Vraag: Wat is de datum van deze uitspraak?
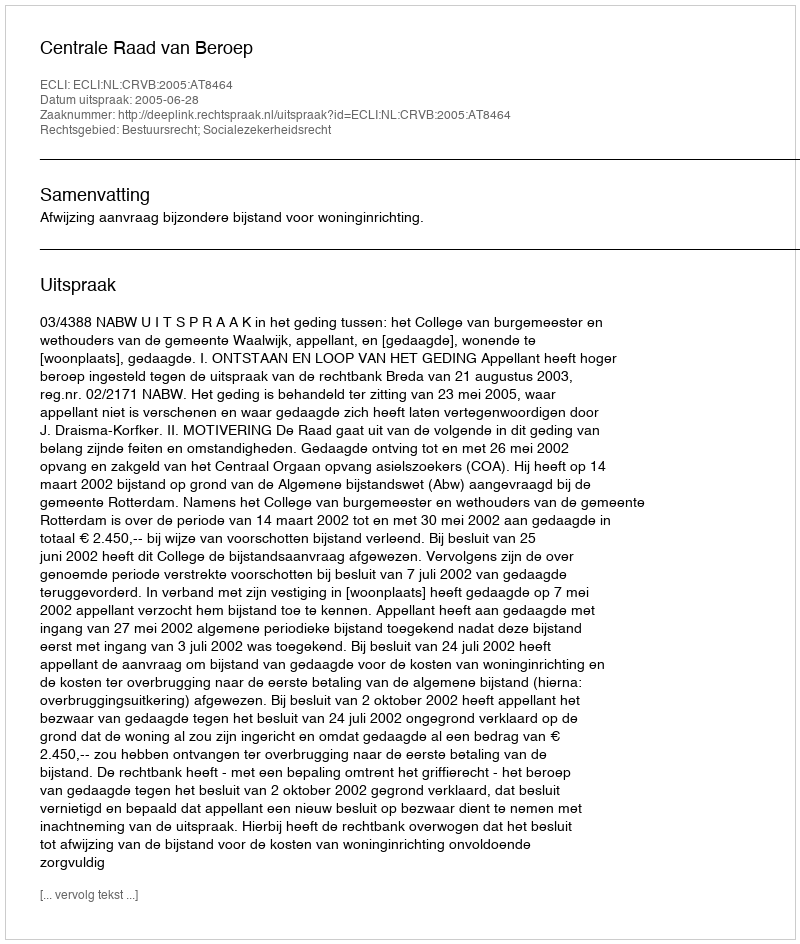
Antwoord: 2005-06-28